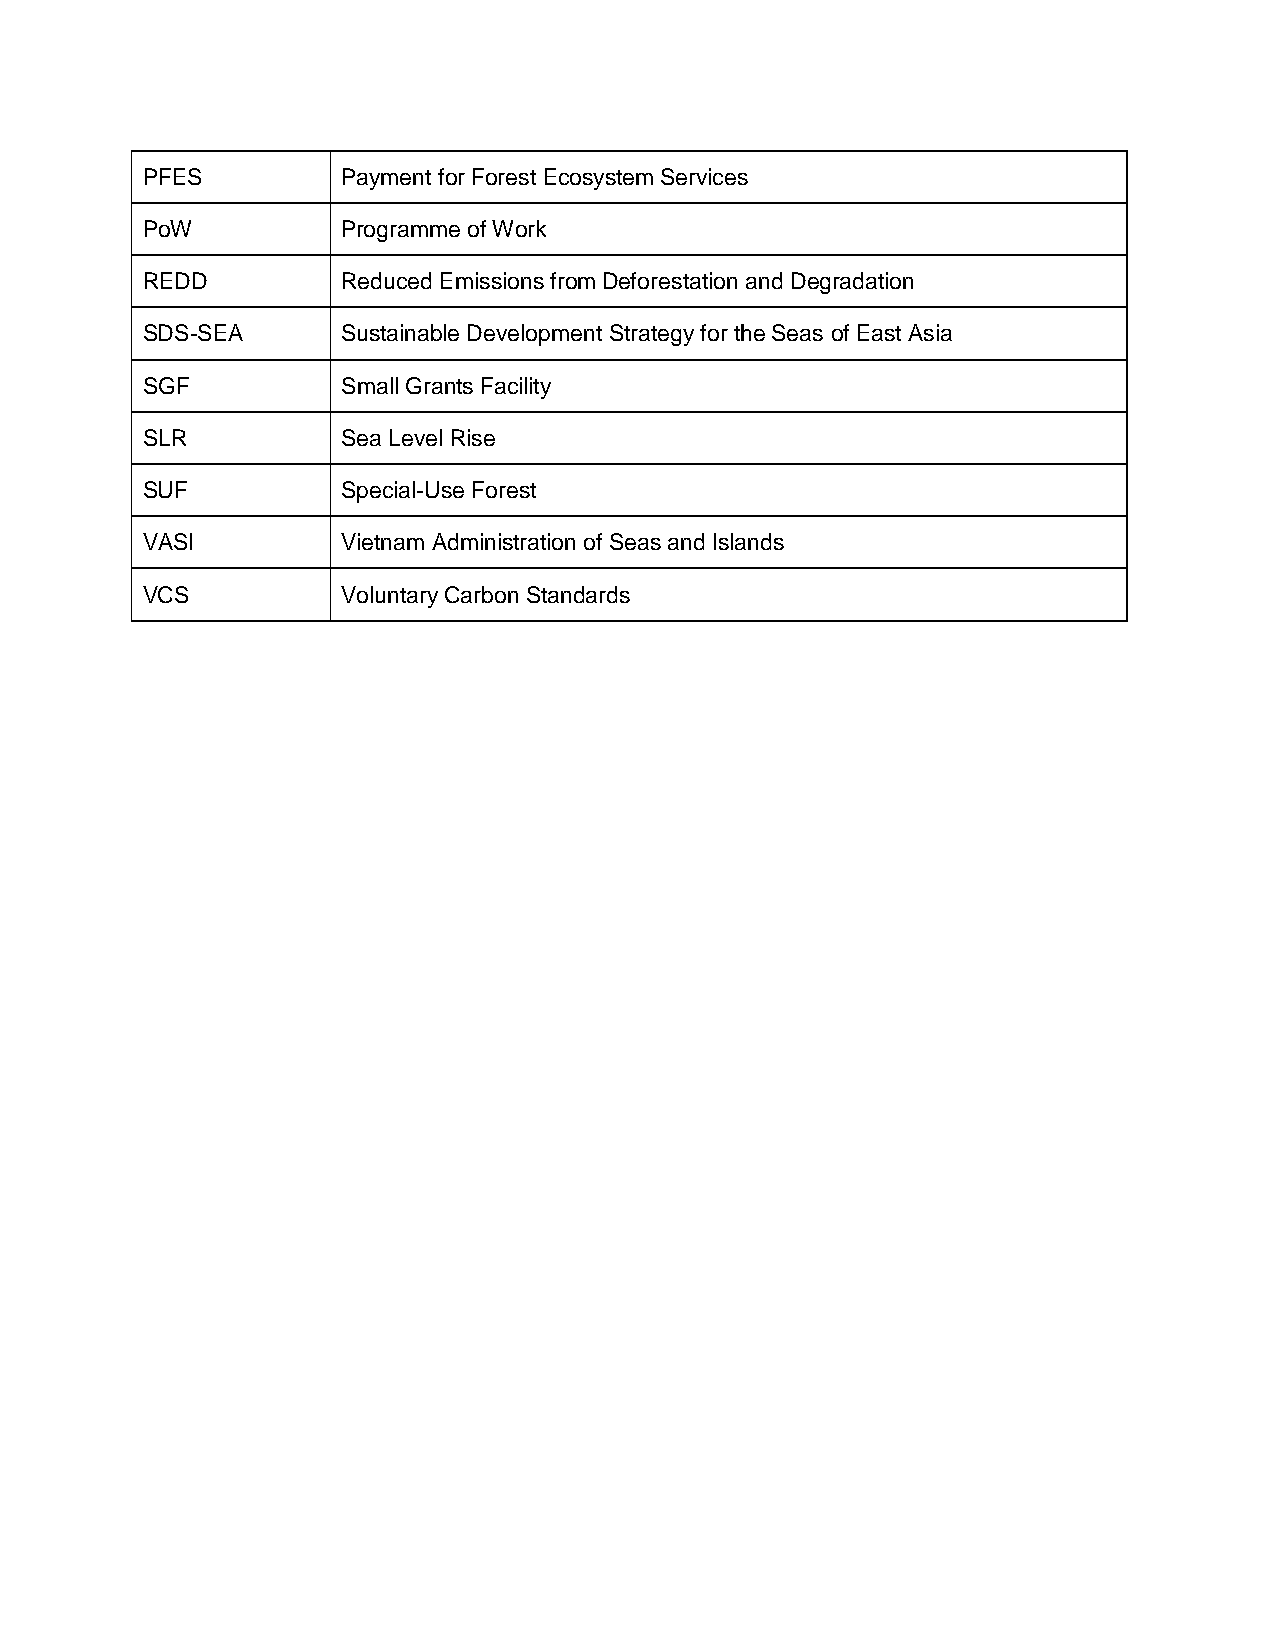
PFES          Payment for Forest Ecosystem Services
 PoW           Programme of Work
 REDD          Reduced Emissions from Deforestation and Degradation
 SDS-SEA       Sustainable Development Strategy for the Seas of East Asia
 SGF           Small Grants Facility
 SLR           Sea Level Rise
 SUF           Special-Use Forest
 VASI          Vietnam Administration of Seas and Islands
 VCS           Voluntary Carbon Standards
 7